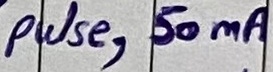
Text: pulse, 50mA